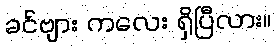
ခင်ဗျား ကလေး ရှိပြီလား။